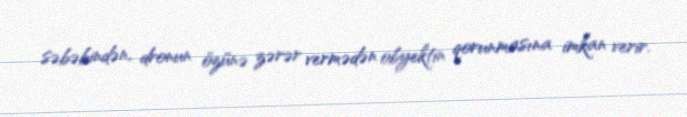
səbəbindən, dronun özünə zərər vermədən obyektin qorunmasına imkan verir.